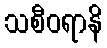
သစီဝရာနိ